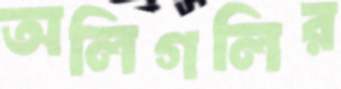
অলিগলির